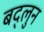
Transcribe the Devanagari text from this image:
बद्लुन